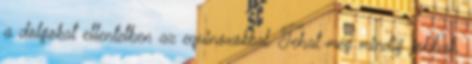
a dolgokat ellentetben az equinoxokkal. Tehat meg mindig jobbak.